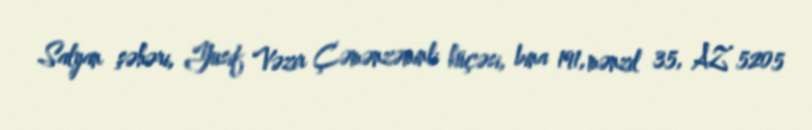
Salyan şəhəri, Yusif Vəzir Çəmənzəminli küçəsi, bina 191, mənzil 35, AZ 5205